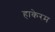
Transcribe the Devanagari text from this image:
हाकेरम